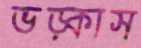
ভড়্‌কাস